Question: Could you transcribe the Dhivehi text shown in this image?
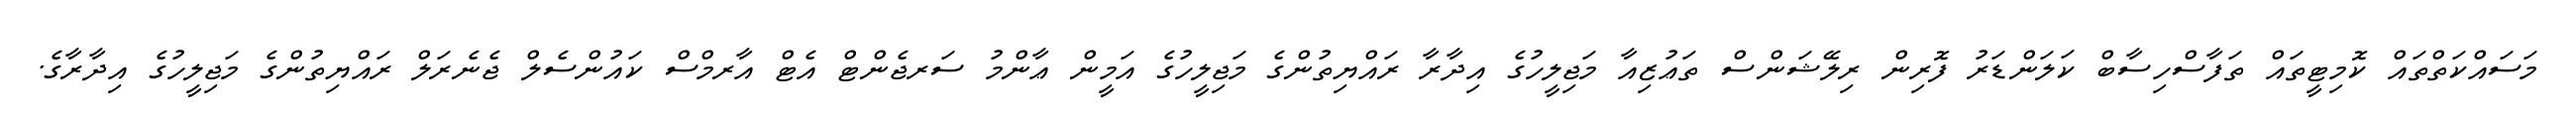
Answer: މަސައްކަތްތައް ކޮމިޓީތައް ތަފާސްހިސާބް ކަލަންޑަރު ފޮރިން ރިލޭޝަންސް ތަޢުޒިއާ މަޖިލީހުގެ އިދާރާ ރައްޔިތުންގެ މަޖިލީހުގެ އަމީން ޢާންމު ސަރޖެންޓް އެޓް އާރމްސް ކައުންސެލް ޖެނެރަލް ރައްޔިތުންގެ މަޖިލީހުގެ އިދާރާގެ.